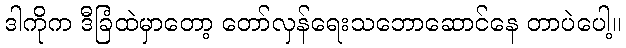
ဒါကိုက ဒီခြံထဲမှာတော့ တော်လှန်ရေးသဘောဆောင်နေ တာပဲပေါ့။